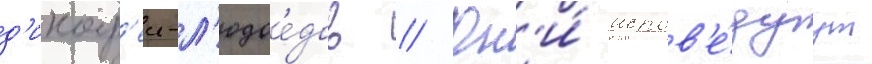
д'икар'еи-л'юдое́дов // Он'и́ испов'е́дуут